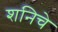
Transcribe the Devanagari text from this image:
शनिचे